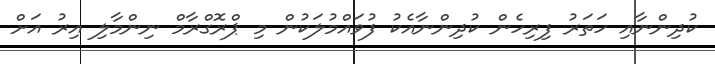
ކުދިންނާއި ހަތަރު ފިރިހެން ކުދިންނާއެކު ފުވައްމުލަކުން މި ޕްރޮގްރާމް ނިންމާލި އިރު އަށް